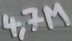
Text: 4,7M